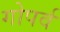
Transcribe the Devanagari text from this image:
गोपर्व